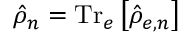
\hat { \rho } _ { n } = \mathrm { T r } _ { e } \left[ \hat { \rho } _ { e , n } \right]